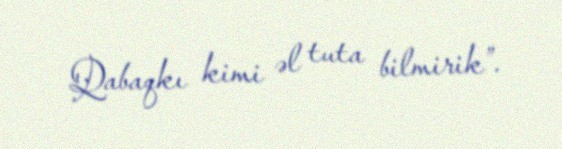
Qabaqkı kimi əl tuta bilmirik”.